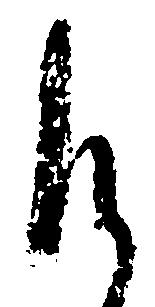
御